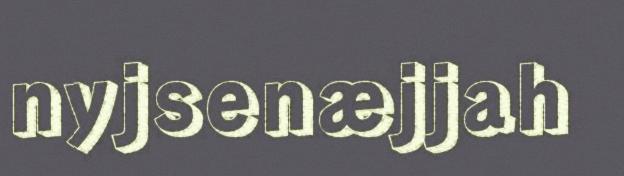
nyjsenæjjah